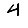
Digit: 4